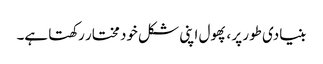
بنیادی طور پر ، پھول اپنی شکل خود مختار رکھتا ہے۔